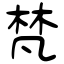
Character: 梵